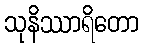
သုနိဿာရိတော